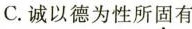
C. 诚以德为性所固有